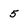
Character: 5